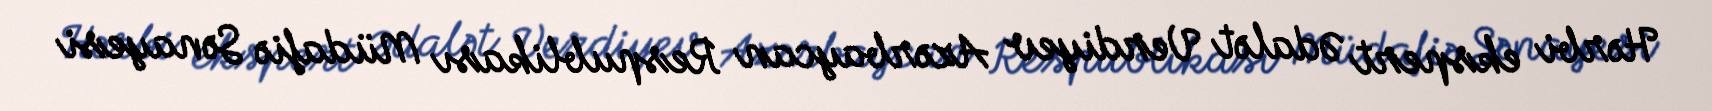
Hərbi ekspert Ədalət Verdiyev Azərbaycan Respublikası Müdafiə Sənayesi